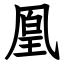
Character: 凰